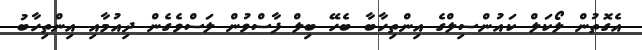
އެގޮތުން ލޯކަލް ކައުންސިލްގެ އިންތިހާބާ ބެހޭ ބިލް ފާސްވުން ލަސްވެގެން ދިއުމާއި އިންތިހާބު